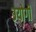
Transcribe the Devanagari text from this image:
उयोगी